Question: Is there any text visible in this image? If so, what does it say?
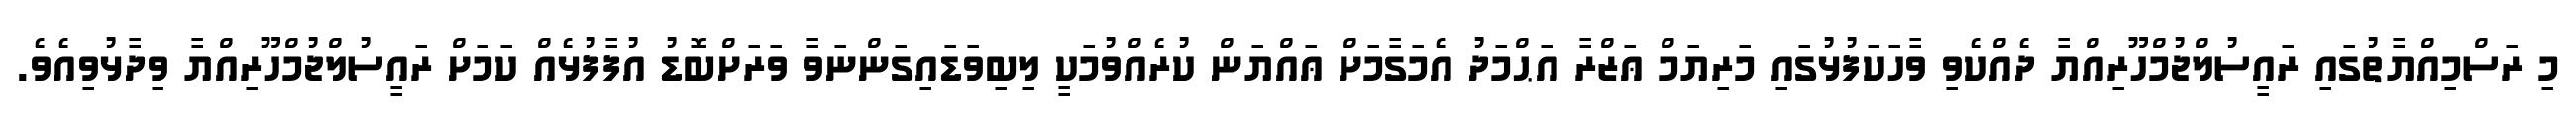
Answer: މި ރަސްމިއްޔާތުގައި ރައީސުލްޖުމްހޫރިއްޔާ ދެއްކެވި ވާހަކަފުޅުގައި މަރިޔަމް ޢަޒްރާ އަޙްމަދު އެމަގާމަށް ޢައްޔަން ކުރެއްވުމަކީ ލިބިވަޑައިގަންނަވާ ވަރަށްބޮޑު އުފާފުޅެއް ކަމަށް ރައީސުލްޖުމްހޫރިއްޔާ ވިދާޅުވިއެވެ.